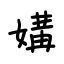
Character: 媾